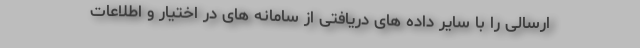
ارسالی را با سایر داده های دریافتی از سامانه های در اختیار و اطلاعات